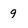
Character: 9